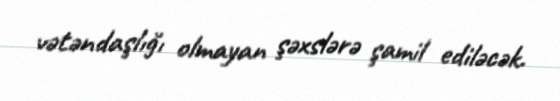
vətəndaşlığı olmayan şəxslərə şamil ediləcək.